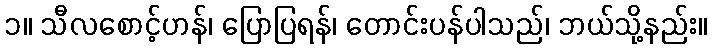
၁။ သီလစောင့်ဟန်၊ ပြောပြရန်၊ တောင်းပန်ပါသည်၊ ဘယ်သို့နည်း။